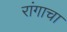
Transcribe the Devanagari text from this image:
रांगाचा